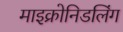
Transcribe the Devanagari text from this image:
माइक्रोनिडलिंग